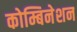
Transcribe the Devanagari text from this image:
कोम्बिनेशन